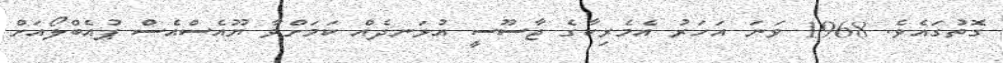
ގޮތުގައެވެ. 1968 ވަނަ އަހަރު އެމެރިކާގެ ޖާސޫސީ އުޅަނދެއް ކަމަށްވާ ޔޫއެސްއެސް ޕުއެބްލޯއަށް